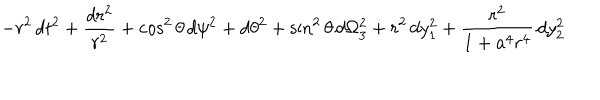
- r ^ { 2 } \, d t ^ { 2 } + { \frac { d r ^ { 2 } } { r ^ { 2 } } } + \cos ^ { 2 } \theta \, d \psi ^ { 2 } + d \theta ^ { 2 } + \sin ^ { 2 } \theta \, d \Omega _ { 3 } ^ { 2 } + r ^ { 2 } \, d y _ { 1 } ^ { 2 } + { \frac { r ^ { 2 } } { 1 + a ^ { 4 } r ^ { 4 } } } \, d y _ { 2 } ^ { 2 }